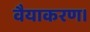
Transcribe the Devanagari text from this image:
वैयाकरण।